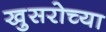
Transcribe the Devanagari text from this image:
खुसरोच्या